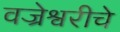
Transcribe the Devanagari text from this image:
वज्रेश्वरीचे